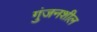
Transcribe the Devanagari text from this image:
गुंजनशील